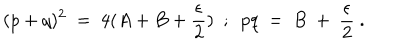
LaTeX: ( p + q ) ^ { 2 } ~ = ~ 4 ( A + B + \frac { \epsilon } { 2 } ) ~ ~ ; ~ ~ p q ~ = ~ B ~ + ~ \frac { \epsilon } { 2 } ~ .